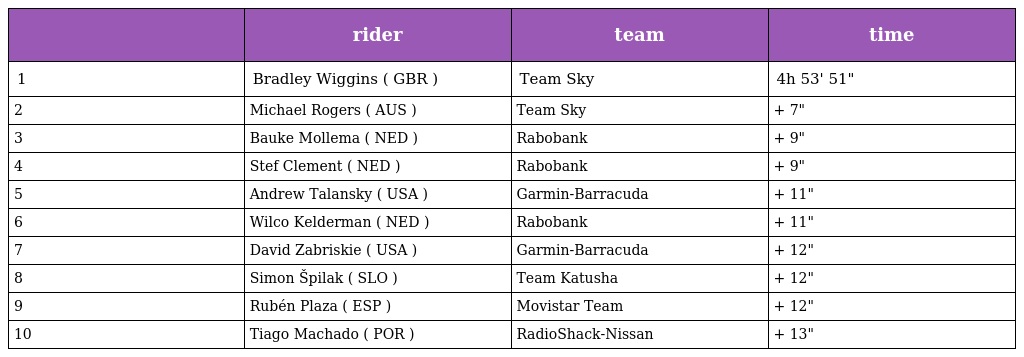
|  | rider | team | time |
 | --- | --- | --- | --- |
 | 1 | Bradley Wiggins ( GBR ) | Team Sky | 4h 53' 51" |
 | 2 | Michael Rogers ( AUS ) | Team Sky | + 7" |
 | 3 | Bauke Mollema ( NED ) | Rabobank | + 9" |
 | 4 | Stef Clement ( NED ) | Rabobank | + 9" |
 | 5 | Andrew Talansky ( USA ) | Garmin-Barracuda | + 11" |
 | 6 | Wilco Kelderman ( NED ) | Rabobank | + 11" |
 | 7 | David Zabriskie ( USA ) | Garmin-Barracuda | + 12" |
 | 8 | Simon Špilak ( SLO ) | Team Katusha | + 12" |
 | 9 | Rubén Plaza ( ESP ) | Movistar Team | + 12" |
 | 10 | Tiago Machado ( POR ) | RadioShack-Nissan | + 13" |